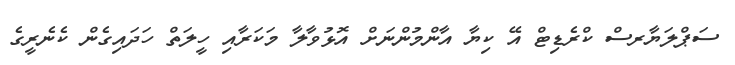
ސަޕްލަޔާރސް ކްރެޑިޓް އޭ ކިޔާ އާންމުންނަށް އޮޅުވާލާ މަކަރާއި ހީލަތް ހަދައިގެން ކެނެރީގެ